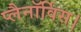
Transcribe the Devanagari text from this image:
प्लैनॉर्विस।